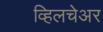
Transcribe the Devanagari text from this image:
व्हिलचेअर